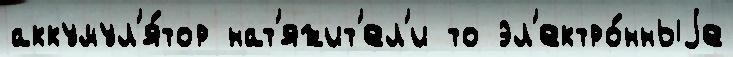
аккумул'я́тор нат'яжит'ел'и то эл'ектро́нныjе